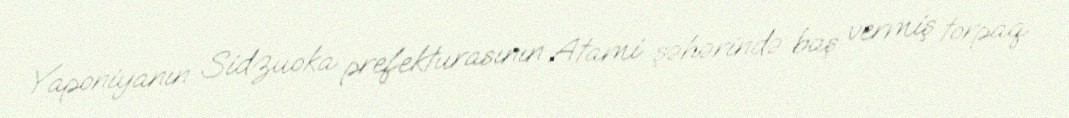
Yaponiyanın Sidzuoka prefekturasının Atami şəhərində baş vermiş torpaq